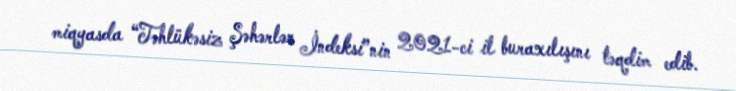
miqyasda “Təhlükəsiz Şəhərlər İndeksi”nin 2021-ci il buraxılışını təqdim edib.